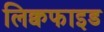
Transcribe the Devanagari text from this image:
लिक्वफाइड